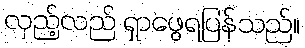
လှည့်လည် ရှာဖွေရပြန်သည်။